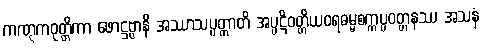
ကဏ္ဋကဝုတ္တိကာ ဖောဋ္ဌဗ္ဗာနိ အဿာသပ္ပတ္တာတိ အပ္ပဋိဝတ္တိယဝရဓမ္မစက္ကပ္ပဝတ္တနဿ အသနံ